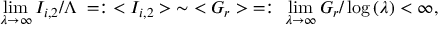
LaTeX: \operatorname * { l i m } _ { \lambda \to \infty } I _ { i , 2 } / \Lambda \; = : \; < I _ { i , 2 } > \; \sim \; < { \cal G } _ { r } > \; = : \; \operatorname * { l i m } _ { \lambda \to \infty } { \cal G } _ { r } / \log { ( \lambda ) } < \infty ,